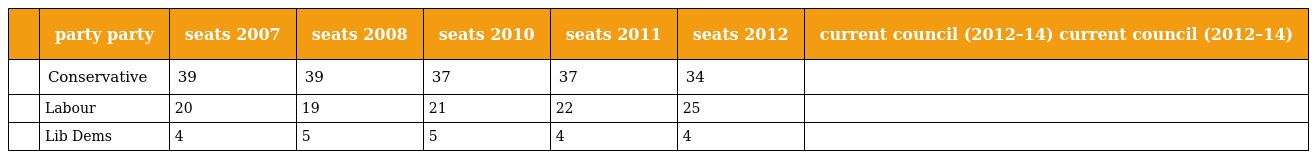
|  | party party | seats 2007 | seats 2008 | seats 2010 | seats 2011 | seats 2012 | current council (2012–14) current council (2012–14) |
 | --- | --- | --- | --- | --- | --- | --- | --- |
 |  | Conservative | 39 | 39 | 37 | 37 | 34 |  |
 |  | Labour | 20 | 19 | 21 | 22 | 25 |  |
 |  | Lib Dems | 4 | 5 | 5 | 4 | 4 |  |